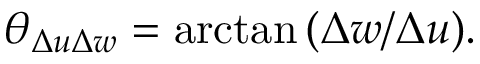
\theta _ { \Delta u \Delta w } = \arctan { ( \Delta w / \Delta u ) } .